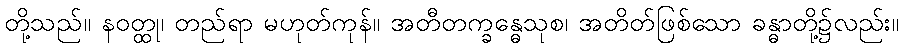
တို့သည်။ နဝတ္ထု၊ တည်ရာ မဟုတ်ကုန်။ အတီတက္ခန္ဓေသုစ၊ အတိတ်ဖြစ်သော ခန္ဓာတို့၌လည်း။